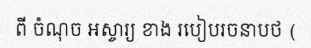
ពី ចំណុច អស្ចារ្យ ខាង របៀបរចនាបថ (